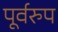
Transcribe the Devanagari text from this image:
पूर्वरुप